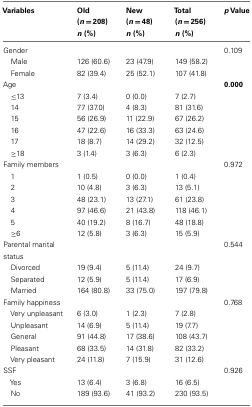
<table><thead><tr><td><b>Variables</b></td><td><b>Old (<i>n</i> = 208) <i>n</i> (%)</b></td><td><b>New (<i>n</i> = 48) <i>n</i> (%)</b></td><td><b>Total (<i>n</i> = 256) <i>n</i> (%)</b></td><td><b><i>p</i> Value</b></td></tr></thead><tbody><tr><td>Gender</td><td></td><td></td><td></td><td>0.109</td></tr><tr><td> Male</td><td>126 (60.6)</td><td>23 (47.9)</td><td>149 (58.2)</td><td></td></tr><tr><td> Female</td><td>82 (39.4)</td><td>25 (52.1)</td><td>107 (41.8)</td><td></td></tr><tr><td>Age</td><td></td><td></td><td></td><td><b>0.000</b></td></tr><tr><td>≤13</td><td>7 (3.4)</td><td>0 (0.0)</td><td>7 (2.7)</td><td></td></tr><tr><td> 14</td><td>77 (37.0)</td><td>4 (8.3)</td><td>81 (31.6)</td><td></td></tr><tr><td> 15</td><td>56 (26.9)</td><td>11 (22.9)</td><td>67 (26.2)</td><td></td></tr><tr><td> 16</td><td>47 (22.6)</td><td>16 (33.3)</td><td>63 (24.6)</td><td></td></tr><tr><td> 17</td><td>18 (8.7)</td><td>14 (29.2)</td><td>32 (12.5)</td><td></td></tr><tr><td>≥18</td><td>3 (1.4)</td><td>3 (6.3)</td><td>6 (2.3)</td><td></td></tr><tr><td>Family members</td><td></td><td></td><td></td><td>0.972</td></tr><tr><td> 1</td><td>1 (0.5)</td><td>0 (0.0)</td><td>1 (0.4)</td><td></td></tr><tr><td> 2</td><td>10 (4.8)</td><td>3 (6.3)</td><td>13 (5.1)</td><td></td></tr><tr><td> 3</td><td>48 (23.1)</td><td>13 (27.1)</td><td>61 (23.8)</td><td></td></tr><tr><td> 4</td><td>97 (46.6)</td><td>21 (43.8)</td><td>118 (46.1)</td><td></td></tr><tr><td> 5</td><td>40 (19.2)</td><td>8 (16.7)</td><td>48 (18.8)</td><td></td></tr><tr><td>≥6</td><td>12 (5.8)</td><td>3 (6.3)</td><td>15 (5.9)</td><td></td></tr><tr><td>Parental marital status</td><td></td><td></td><td></td><td>0.544</td></tr><tr><td> Divorced</td><td>19 (9.4)</td><td>5 (11.4)</td><td>24 (9.7)</td><td></td></tr><tr><td> Separated</td><td>12 (5.9)</td><td>5 (11.4)</td><td>17 (6.9)</td><td></td></tr><tr><td> Married</td><td>164 (80.8)</td><td>33 (75.0)</td><td>197 (79.8)</td><td></td></tr><tr><td>Family happiness</td><td></td><td></td><td></td><td>0.768</td></tr><tr><td> Very unpleasant</td><td>6 (3.0)</td><td>1 (2.3)</td><td>7 (2.8)</td><td></td></tr><tr><td> Unpleasant</td><td>14 (6.9)</td><td>5 (11.4)</td><td>19 (7.7)</td><td></td></tr><tr><td> General</td><td>91 (44.8)</td><td>17 (38.6)</td><td>108 (43.7)</td><td></td></tr><tr><td> Pleasant</td><td>68 (33.5)</td><td>14 (31.8)</td><td>82 (33.2)</td><td></td></tr><tr><td> Very pleasant</td><td>24 (11.8)</td><td>7 (15.9)</td><td>31 (12.6)</td><td></td></tr><tr><td>SSF</td><td></td><td></td><td></td><td>0.926</td></tr><tr><td> Yes</td><td>13 (6.4)</td><td>3 (6.8)</td><td>16 (6.5)</td><td></td></tr><tr><td> No</td><td>189 (93.6)</td><td>41 (93.2)</td><td>230 (93.5)</td><td></td></tr></tbody></table>